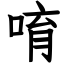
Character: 唷